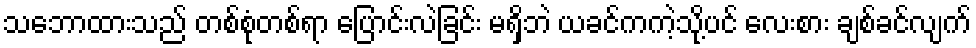
သဘောထားသည် တစ်စုံတစ်ရာ ပြောင်းလဲခြင်း မရှိဘဲ ယခင်ကကဲ့သို့ပင် လေးစား ချစ်ခင်လျက်